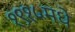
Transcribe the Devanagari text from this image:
१९१५मधे